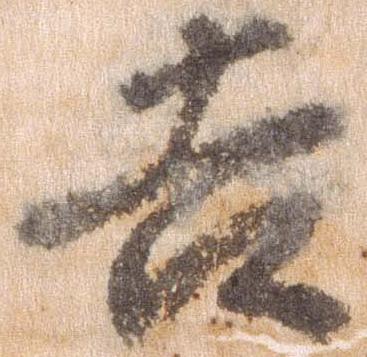
吉